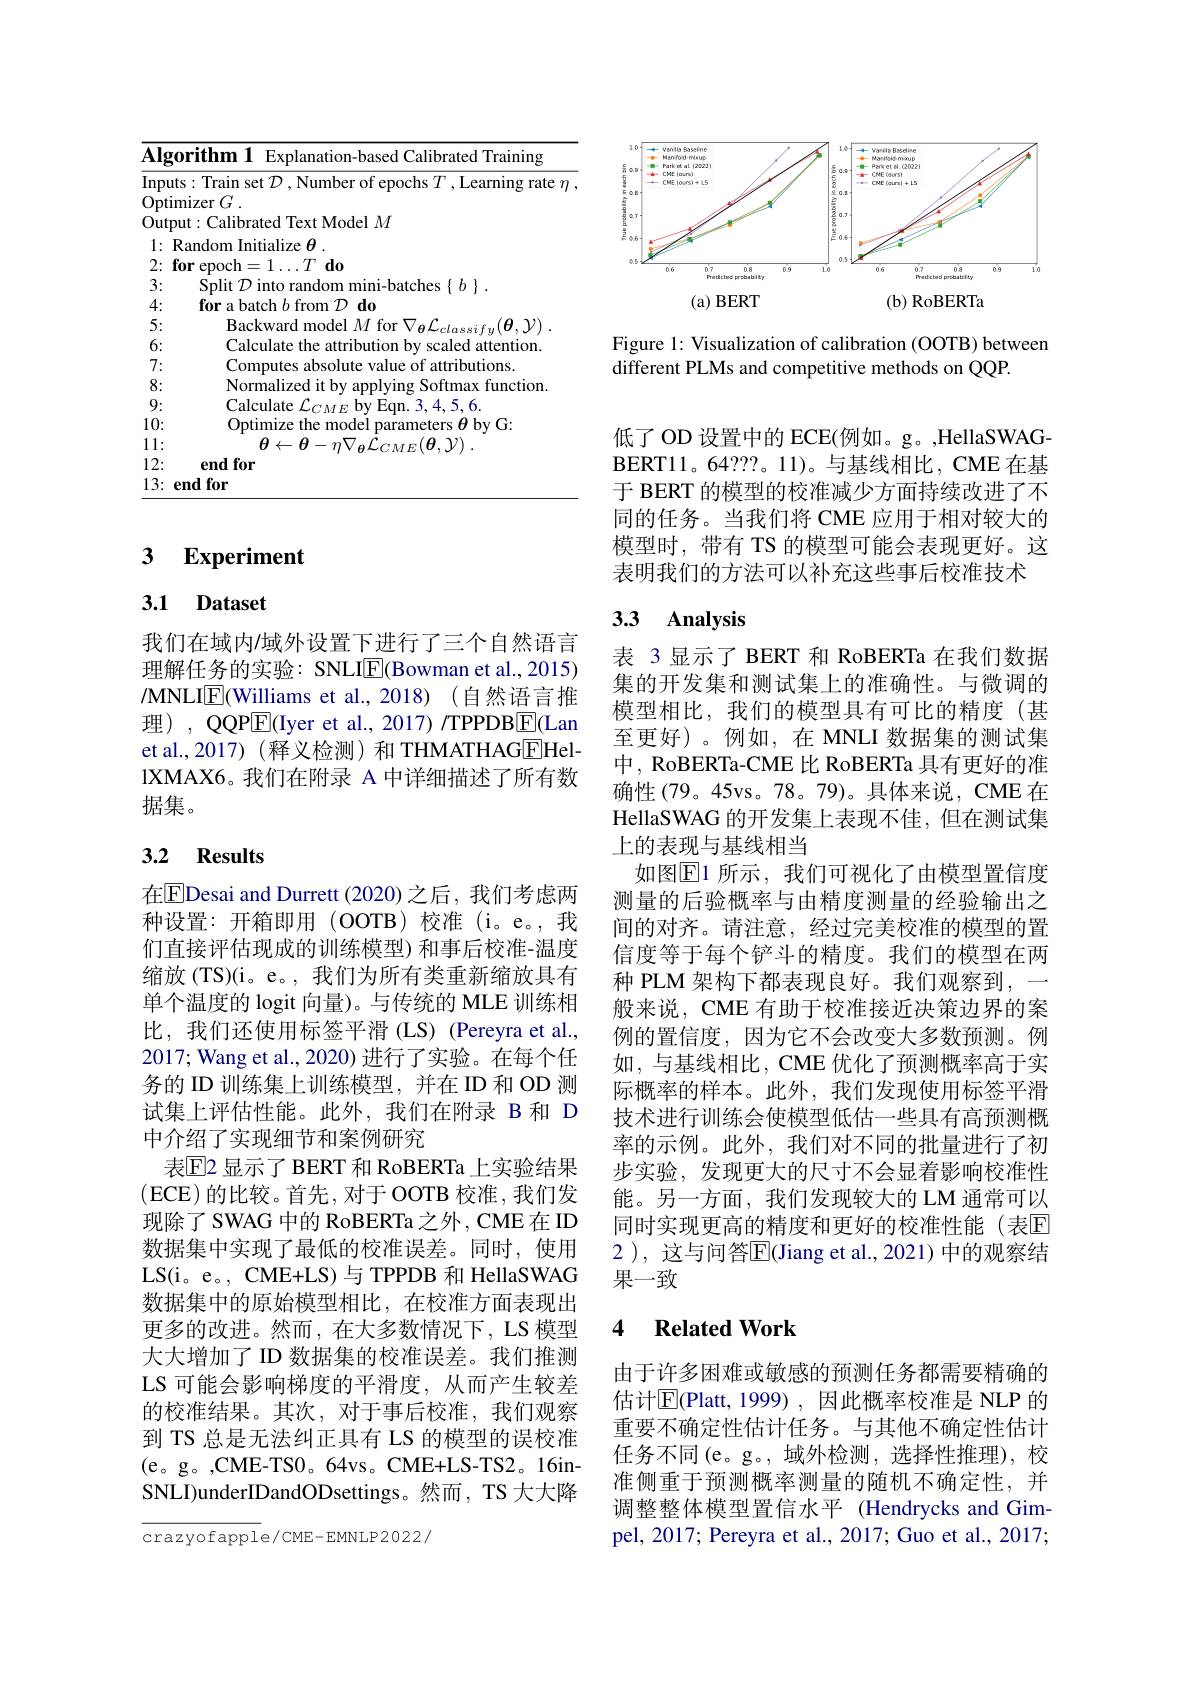
<table>
	<tbody>
		<tr>
			<td>$\overline{\mathbf{Alg}}$</td>
			<td>orithm 1 Explanation-based Calibrated Training</td>
		</tr>
		<tr>
			<td>Inpu</td>
			<td> </td>
		</tr>
		<tr>
			<td>Opti 1 Y</td>
			<td>7Pr</td>
		</tr>
		<tr>
			<td>OutI</td>
			<td>Model $M$</td>
		</tr>
		<tr>
			<td>1: </td>
			<td>$7e$ $H$</td>
		</tr>
		<tr>
			<td>2:</td>
			<td>$T\textbf{do}$ prnnrt</td>
		</tr>
		<tr>
			<td>3:</td>
			<td>Split $h$</td>
		</tr>
		<tr>
			<td>4:</td>
			<td>for $\mathcal{D} \textbf{do}$ ror </td>
		</tr>
		<tr>
			<td>5:</td>
			<td> </td>
		</tr>
		<tr>
			<td>6:</td>
			<td>antur</td>
		</tr>
		<tr>
			<td>7: </td>
			<td>10ns</td>
		</tr>
		<tr>
			<td>8:</td>
			<td>function 14</td>
		</tr>
		<tr>
			<td>9</td>
			<td>156 inr</td>
		</tr>
		<tr>
			<td>10:</td>
			<td>Intimize sthemode 1AT atprc H 1 $\mathbf{h}\mathbf{v}(\mathbf{i}$</td>
		</tr>
		<tr>
			<td>1 1: T</td>
			<td>$\theta\leftarrow$ $H$</td>
		</tr>
		<tr>
			<td>12:</td>
			<td>end for</td>
		</tr>
		<tr>
			<td>13:</td>
			<td>end for</td>
		</tr>
	</tbody>
</table>

### $\textbf{3}$ $\textbf{Experiment}$

## 3.1 Dataset

我们在域内/域外设置下进行了三个自然语言理解任务的实验：SNLI$\overline{\mathrm{E}}($Bowman et al., 2015) MNLIE(Williams et al., 2018) (自然语言推理), QQP$\overline{\mathrm{E}}($Iyer et al., 2017) /TPPDB$\underline{\mathrm{E}}($Lan et al.,2017)(释义检测)和 THMATHAGEHellXMAX6。我们在附录 A 中详细描述了所有数据集。

## 3.2 Results

在$\boxed{\mathrm{E}}$Desai and Durrett (2020)之后，我们考虑两种设置：开箱即用(OOTB)校准(i。e。,我们直接评估现成的训练模型) 和事后校准-温度缩放 (TS)(i。e。, 我们为所有类重新缩放具有单个温度的 logit 向量)。与传统的 MLE 训练相比，我们还使用标签平滑(LS) (Pereyra et al., 2017; Wang et al., 2020) 进行了实验。在每个任务的 ID 训练集上训练模型，并在 ID 和 OD 测试集上评估性能。此外，我们在附录 B 和 D 中介绍了实现细节和案例研究
表$\mathbb{E}$2 显示了 BERT 和 RoBERTa 上实验结果(ECE)的比较。首先，对于 OOTB 校准，我们发现除了 SWAG 中的 RoBERTa 之外，CME 在 ID 数据集中实现了最低的校准误差。同时，使用LS(i。e。, CME+LS)与 TPPDB 和 HellaSWAG 数据集中的原始模型相比，在校准方面表现出更多的改进。然而，在大多数情况下，LS 模型大大增加了 ID 数据集的校准误差。我们推测LS 可能会影响梯度的平滑度，从而产生较差的校准结果。其次，对于事后校准，我们观察到 TS 总是无法纠正具有 LS 的模型的误校准(e。g。,CME-TS0。64vs。CME+LS-TS2。16inSNLI)underIDandODsettings。然而，TS 大大降

${\overline{{\mathrm{crazyofappl}}}}$e/CME-EMNLP2022/

<FigureHere>

Figure 1: Visualization of calibration (OOTB) between
different PLMs and competitive methods on QQP.

低了 OD 设置中的 ECE(例如。g。,HellaSWAGBERT11。64? ? ? 。11) 。与 基 线 相 比 , CME 在 基 于 BERT 的模型的校准减少方面持续改进了不同的任务。当我们将 CME 应用于相对较大的模型时，带有 TS 的模型可能会表现更好。这表明我们的方法可以补充这些事后校准技术

# 3.3 Analysis

表 3显示了 BERT 和 RoBERTa 在我们数据集的开发集和测试集上的准确性。与微调的模型相比，我们的模型具有可比的精度(甚至更好)。例如，在 MNLI 数据集的测试集中，RoBERTa-CME 比 RoBERTa 具有更好的准确性(79。45vs。78。79)。具体来说，CME在HellaSWAG 的开发集上表现不佳，但在测试集上的表现与基线相当
如图$\mathbb{E}$1 所示，我们可视化了由模型置信度测量的后验概率与由精度测量的经验输出之间的对齐。请注意，经过完美校准的模型的置信度等于每个铲斗的精度。我们的模型在两种 PLM 架构下都表现良好。我们观察到，一般来说，CME 有助于校准接近决策边界的案例的置信度，因为它不会改变大多数预测。例如，与基线相比，CME 优化了预测概率高于实际概率的样本。此外，我们发现使用标签平滑技术进行训练会使模型低估一些具有高预测概率的示例。此外，我们对不同的批量进行了初步实验，发现更大的尺寸不会显着影响校准性能。另一方面，我们发现较大的 LM 通常可以同时实现更高的精度和更好的校准性能(表$\overline{\mathrm{E}}$ 2 ), 这与问答$\overline{\mathrm{E}}($Jiang et al.,2021) 中的观察结果一致

### 4 $\textbf{Related Work}$

由于许多困难或敏感的预测任务都需要精确的估计$\overline{\mathrm{E}}($Platt,1999) ,因此概率校准是 NLP 的重要不确定性估计任务。与其他不确定性估计任务不同(e。g。,域外检测，选择性推理),校准侧重于预测概率测量的随机不确定性，并调整整体模型置信水平 (Hendrycks and Gimpel, 2017; Pereyra et al., 2017; Guo et al., 2017;